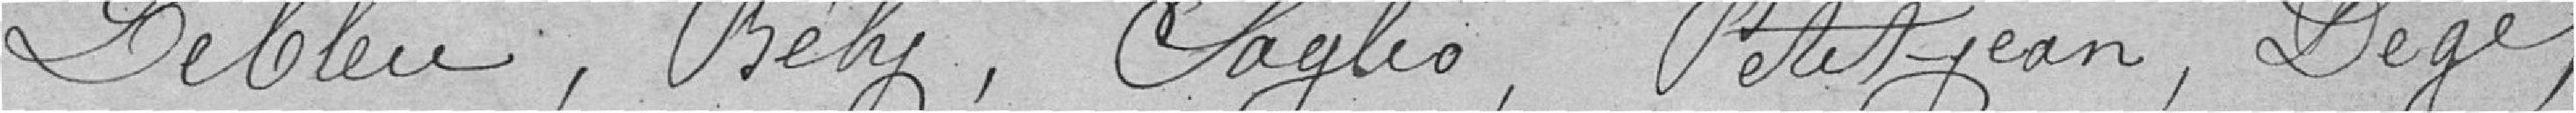
LEBLEU, BEHY, SAGLIO, PETITJEAN, DEGE